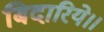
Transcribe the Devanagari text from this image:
बिदारिये।।